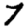
Digit: 7